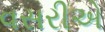
વસરીએ